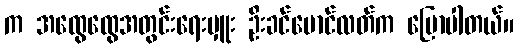
က အထွေထွေအတွင်းရေးမှူး ဦးခင်မောင်လတ်က ပြောပါတယ်။